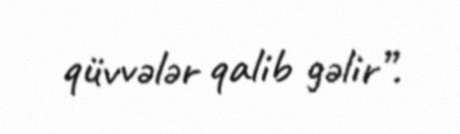
qüvvələr qalib gəlir”.